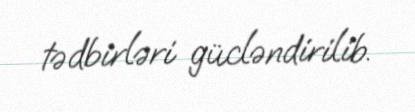
tədbirləri gücləndirilib.